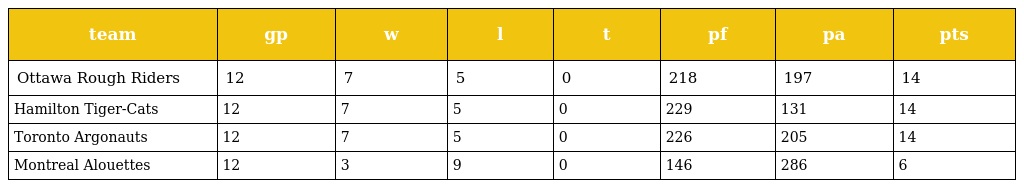
| team | gp | w | l | t | pf | pa | pts |
 | --- | --- | --- | --- | --- | --- | --- | --- |
 | Ottawa Rough Riders | 12 | 7 | 5 | 0 | 218 | 197 | 14 |
 | Hamilton Tiger-Cats | 12 | 7 | 5 | 0 | 229 | 131 | 14 |
 | Toronto Argonauts | 12 | 7 | 5 | 0 | 226 | 205 | 14 |
 | Montreal Alouettes | 12 | 3 | 9 | 0 | 146 | 286 | 6 |